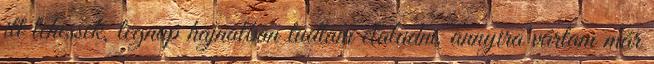
itt lehessek, tegnap hajnalban tudtam elaludni, annyira vártam már